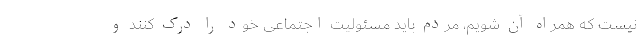
نیست که همراه آن شویم، مردم باید مسئولیت اجتماعی خود را درک کنند و